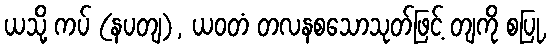
ယသို့ ကပ် (နပတျ), ယဝတံ တလနစသောသုတ်ဖြင့် တျကို စပြု,